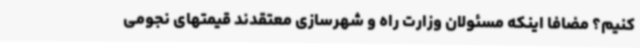
کنیم؟ مضافا اینکه مسئولان وزارت راه و شهرسازی معتقدند قیمتهای نجومی